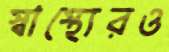
স্বাস্থ্যেরও